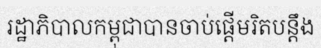
រដ្ឋាភិបាលកម្ពុជាបានចាប់ផ្តើមរិតបន្តឹង